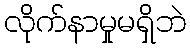
လိုက်နာမှုမရှိဘဲ